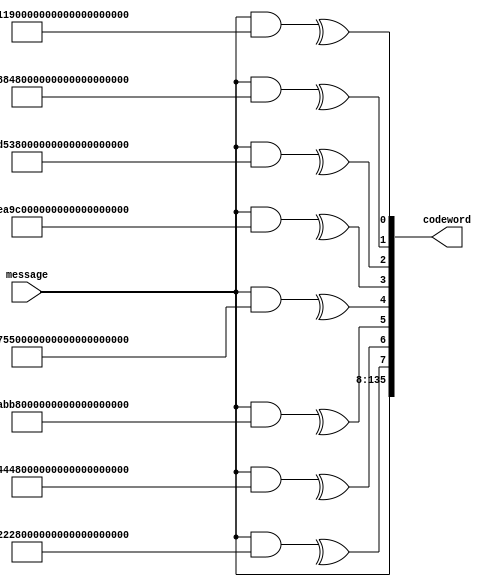

module SECBADAEC_encoder(input [127:0] message, output [135:0] codeword);

	assign codeword[135:8] = message[127:0];
	assign codeword[7] = ^(message&128'b11011001001011010101010111011010010001110010001000100100001010011110101101000010010001011001000101111110100000100101111111001100);
	assign codeword[6] = ^(message&128'b10110011010110101010101110110100100011100100010001001000010100111101011110000101100010110010001111111101000001001011111010011000);
	assign codeword[5] = ^(message&128'b10111110100110000000001010110011010110101010101110110100100011100100010001001000010100111101011110000101100010110010001111111101);
	assign codeword[4] = ^(message&128'b10100101000111000101000010111101111100100111010101001101001101000110001011010010111000100011111001110100100101000001100100110111);
	assign codeword[3] = ^(message&128'b01001011001110011010000001111011111001011110101010011011011010001100010010100100110001010111110111101000001010000011001001101111);
	assign codeword[2] = ^(message&128'b10010111011100110100000011110110110010111101010100110110110100011000100001001001100010101111101011010000010100010110010011011111);
	assign codeword[1] = ^(message&128'b11110110110010111101010100110110110100011000100001001001100010101111101011010000010100010110010011011111001000001001011101110011);
	assign codeword[0] = ^(message&128'b11101100100101101010101001101101101000110001000110010010000101001111010110100001101000101100100010111111010000010010111111100110);

endmodule